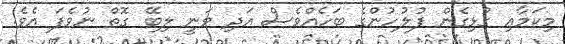
މިކަމާއި ގުޅިގެން ފުލުހުންގެ ބަހެއްވެސް އަދި ވަނީ ލިބޭ ގޮތް ނުވެފަ އެވެ.